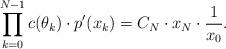
LaTeX: \begin{align*}\prod \limits_{k=0}^{N-1} c(\theta_k) \cdot p'(x_k) = C_N \cdot x_N \cdot \frac1{x_0}.\end{align*}